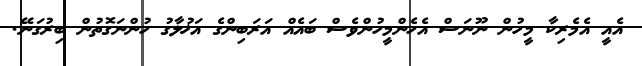
އެއީ އެމެރިކާ މީހުން ނޫނަސް އެހެންމީހުންވެސް ބައެއް އަރަބިންގެ އަޚުލާގު ހުންނަގޮތުން ބިރުގަނޭ.